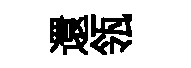
還瓴